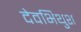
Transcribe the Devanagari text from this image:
देवभिथुश